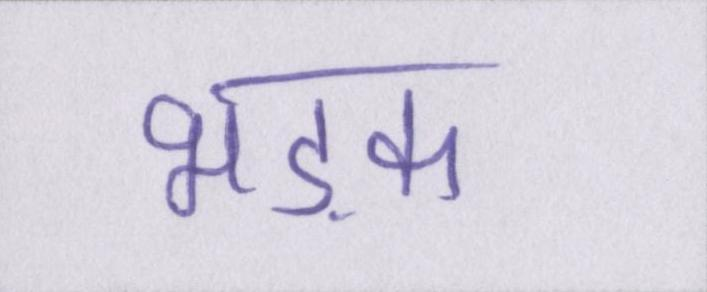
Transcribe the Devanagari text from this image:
भड़क